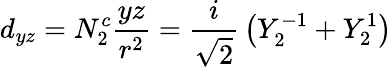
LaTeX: d_{yz}=N_{2}^{c}{\frac{yz}{r^{2}}}={\frac{i}{\sqrt{2}}}\left(Y_{2}^{-1}+Y_{2}^{1}\right)